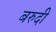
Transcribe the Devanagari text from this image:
बरुदी